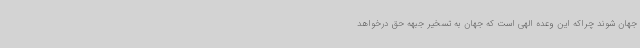
جهان شوند چراکه این وعده الهی است که جهان به تسخیر جبهه حق درخواهد